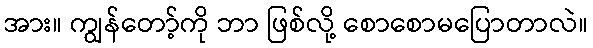
အား။ ကျွန်တော့်ကို ဘာ ဖြစ်လို့ စောစောမပြောတာလဲ။